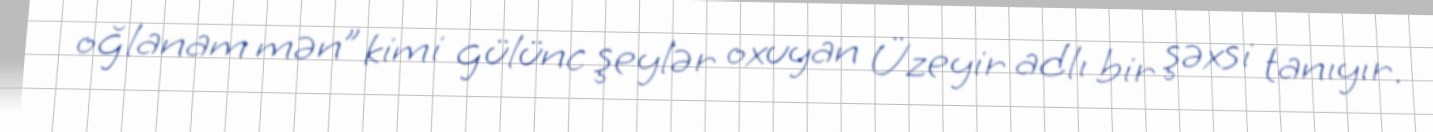
oğlanam mən” kimi gülünc şeylər oxuyan Üzeyir adlı bir şəxsi tanıyır.